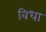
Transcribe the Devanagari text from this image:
विधा